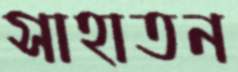
সাহাতন